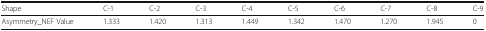
| Shape | C-1 | C-2 | C-3 | C-4 | C-5 | C-6 | C-7 | C-8 | C-9 |
 | --- | --- | --- | --- | --- | --- | --- | --- | --- | --- |
 | Asymmetry_NEF Value | 1.333 | 1.420 | 1.313 | 1.449 | 1.342 | 1.470 | 1.270 | 1.945 | 0 |